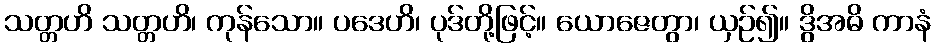
သတ္တဟိ သတ္တဟိ၊ ကုန်သော။ ပဒေဟိ၊ ပုဒ်တို့ဖြင့်။ ယောဇေတွာ၊ ယှဉ်၍။ ဒွိအဓိ ကာနံ